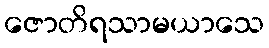
ဇောတိရသာမယာသေ